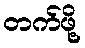
တက်ဖို့